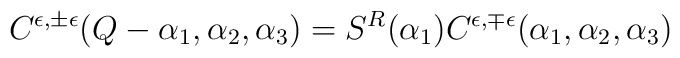
C^{\epsilon,\pm\epsilon}(Q-\alpha_1,\alpha_2,\alpha_3)=S^R(\alpha_1)C^{\epsilon,\mp\epsilon}(\alpha_1,\alpha_2,\alpha_3)